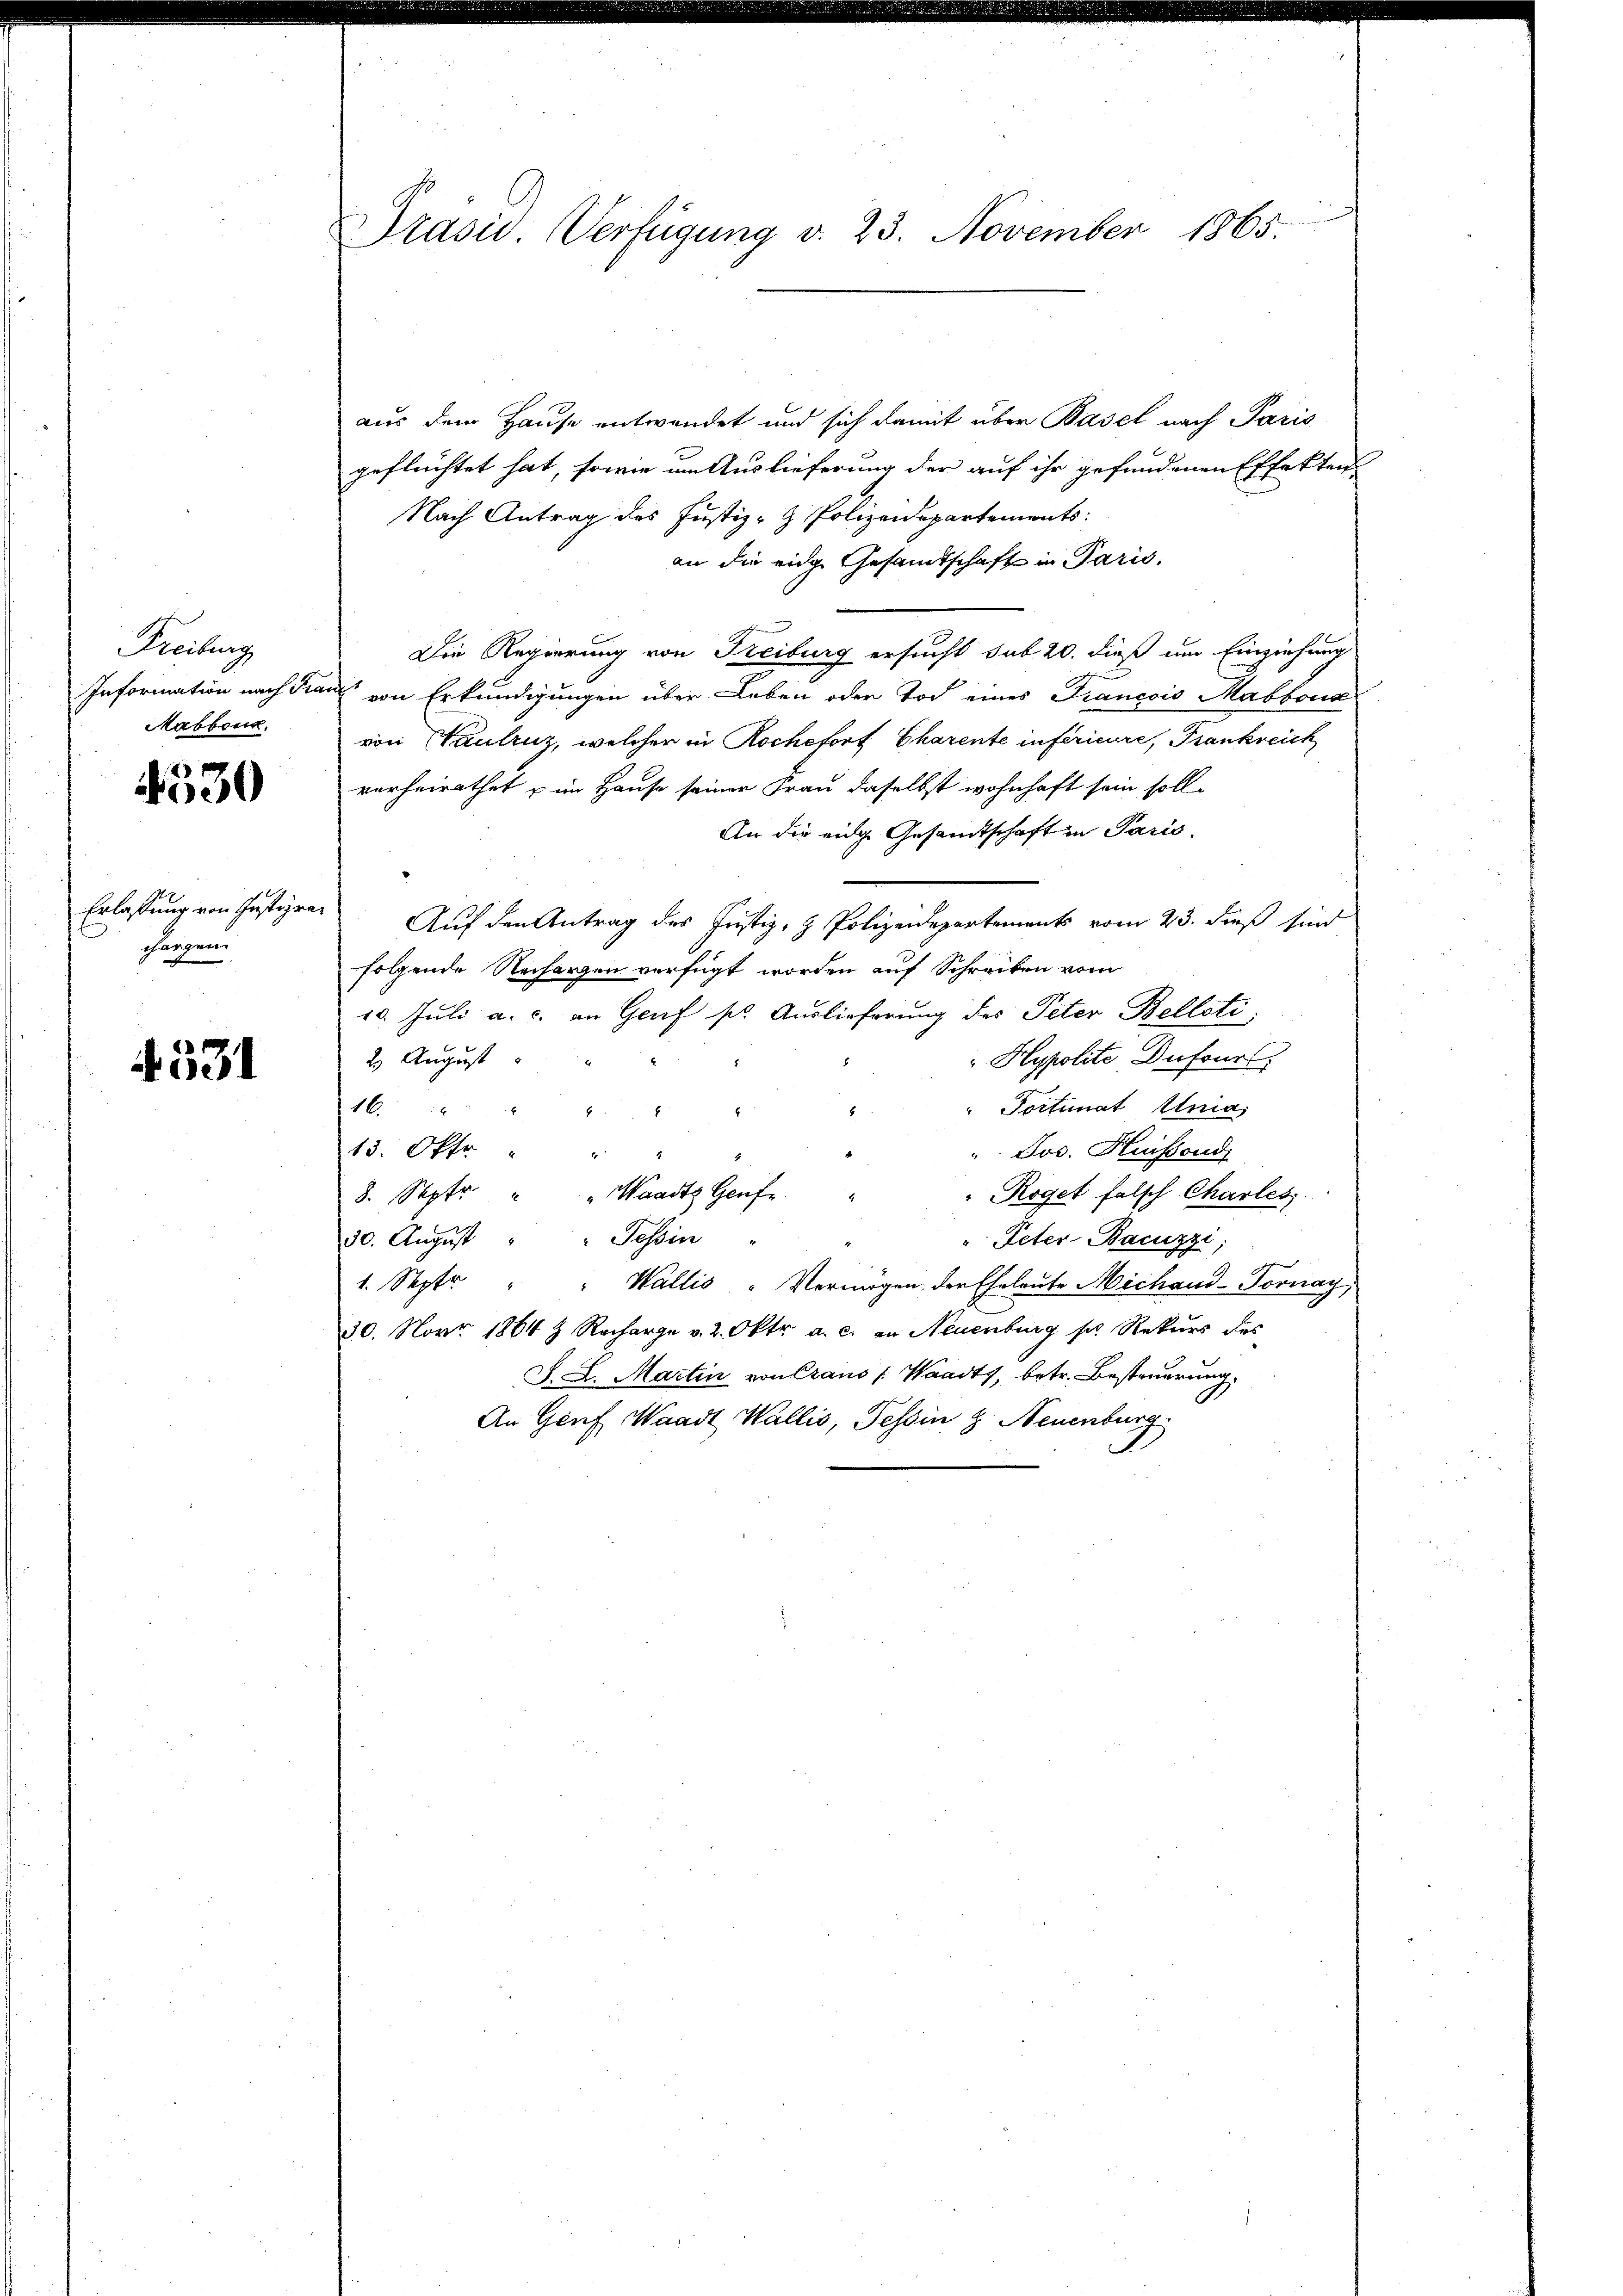
Freiburg
Information nach Pra
Mabbone.

4530

Erlassung von Justizra
chargen.

4531

Präsid. Verfügung v. 23. November 1865.

aus dem Hause entwendet und sich damit über Basel nach Paris
geflüchtet hat, sowie um Auslieferung der auf ihr gefundenen Effekten-
Nach Antrag des Justiz- & Polizeidepartements
an die eine Gesandtschaft in Paris
Die Regierung von Freiburg ersucht sub 20. dieß um Einziehung
as von Erkundigungen über Leben oder Tod eines Francois Mabbona
von autruz, welcher in Roche fort Charente inférieure, Frankreich
verheirathet u im Hause seiner Frau daselbst wohnhaft sein solle
An die eige Gesamtschaft in Paris
Auf den Antrag des Justiz- & Polizeidepartements vom 23. dieß sind
folgende Rechargen verfügt worden auf Schreiben vom
10. Juli a. c. an Genf s. Auslieferung des Peter Bellati
 Hypolite Dufour
2. August
" Portunat Unia,
16
E
13. Okto
" Jos. Hussond
Waadt Genfe
8. Septe
Roget falsch Charles
Tessin
30. August
" Peter-Bacuzzi,
1. Septe
" Wallis „Vermögen der Eheleute Michand-Tornay
30. Novr 1864 & Recharge v. 2. Oktr a. c. an Neuenburg s. Rekurs des
J. L. Martin von Craus [Waadt, betr. Besteuerung.
An Genf Waadt Wallis, Tessin & Neuenburg